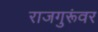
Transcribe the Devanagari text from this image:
राजगुरूंवर